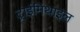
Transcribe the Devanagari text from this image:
ट्राईमिथाइल